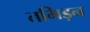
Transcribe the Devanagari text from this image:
तमिड़न